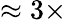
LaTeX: \approx 3\times